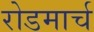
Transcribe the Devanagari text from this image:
रोडमार्च